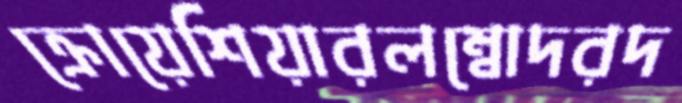
ক্রোয়েশিয়ারলম্বোদরদ